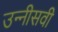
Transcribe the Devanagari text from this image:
उन्‍नीसवी